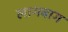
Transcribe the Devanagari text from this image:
लागबाग